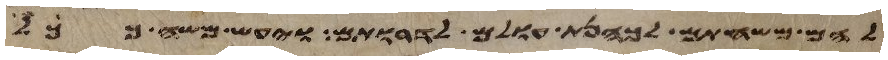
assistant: להם משחתם לכהנת עולם לדרותם ויעש משה ככל